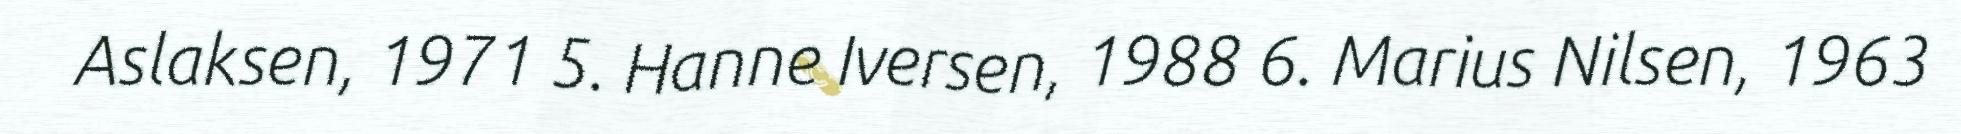
Aslaksen, 1971 5. Hanne Iversen, 1988 6. Marius Nilsen, 1963